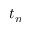
t _ { n }